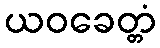
ယဝခေတ္တံ